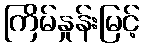
ကြိမ်နှုန်းမြင့်